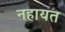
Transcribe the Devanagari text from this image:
नहायत